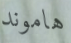
هاموند